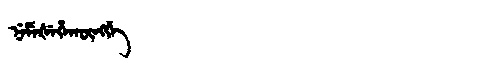
Manchu: ᠨᡝᠮᡝᡧᡝᡥᠠᡴᡡᠩᡤᡝ
Romanization: NEMEŠEHAKŪNGGE